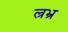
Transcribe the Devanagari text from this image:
ल्रभ्र